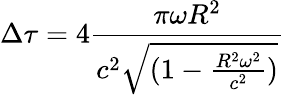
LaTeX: \Delta\tau=4\frac{\pi\omega R^{2}}{c^{2}\sqrt{(1-\frac{R^{2}\omega^{2}}{c^{2}})}}